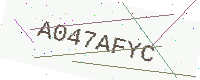
Text: A047AFYC